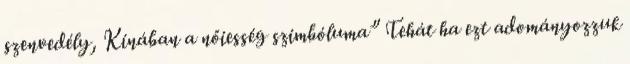
szenvedély, Kínában a nőiesség szimbóluma” Tehát ha ezt adományozzuk